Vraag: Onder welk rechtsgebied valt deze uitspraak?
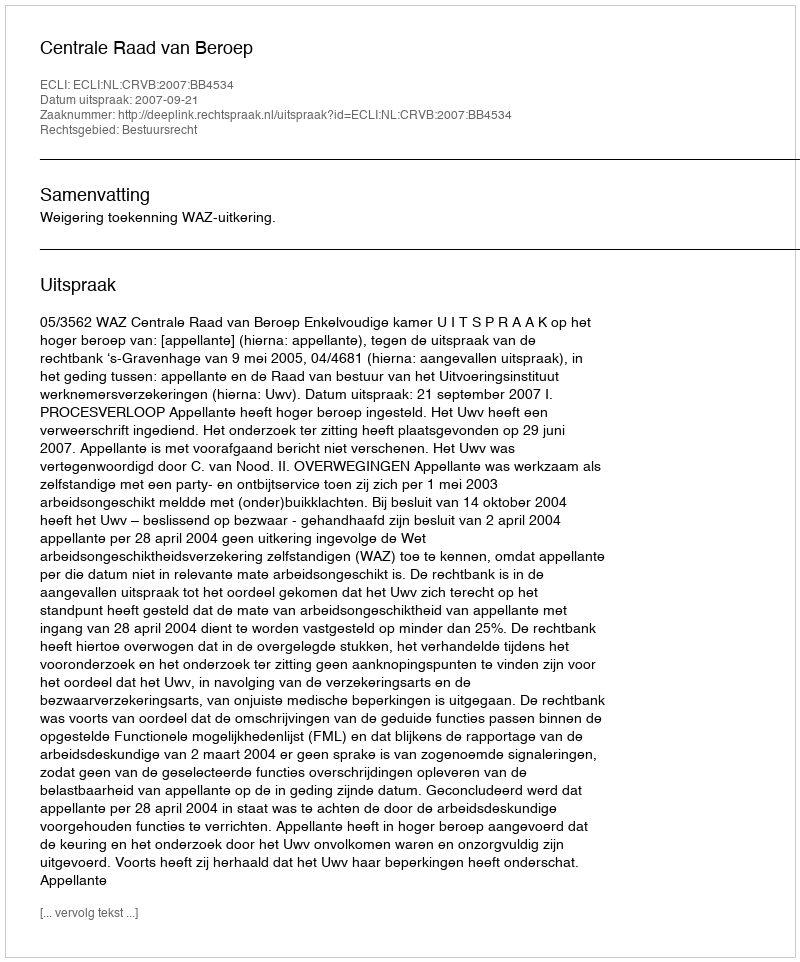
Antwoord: Bestuursrecht